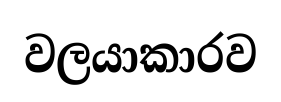
වලයාකාරව